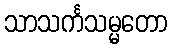
သာသင်္ကသမ္မတော